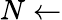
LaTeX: N\gets